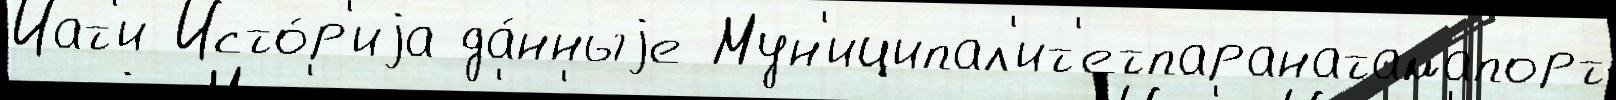
Иат'и Исто́р'иjа да́нныjе Мун'иципал'ит'етпаранатамапорт